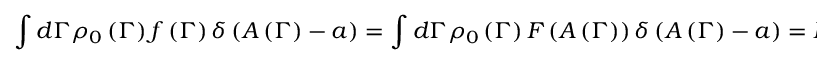
\int d \Gamma \rho _ { 0 } \left( \Gamma \right) f \left( \Gamma \right) \delta \left( A \left( \Gamma \right) - a \right) = \int d \Gamma \rho _ { 0 } \left( \Gamma \right) F \left( A \left( \Gamma \right) \right) \delta \left( A \left( \Gamma \right) - a \right) = F \left( a \right) \int d \Gamma \rho _ { 0 } \left( \Gamma \right) \delta \left( A \left( \Gamma \right) - a \right) .